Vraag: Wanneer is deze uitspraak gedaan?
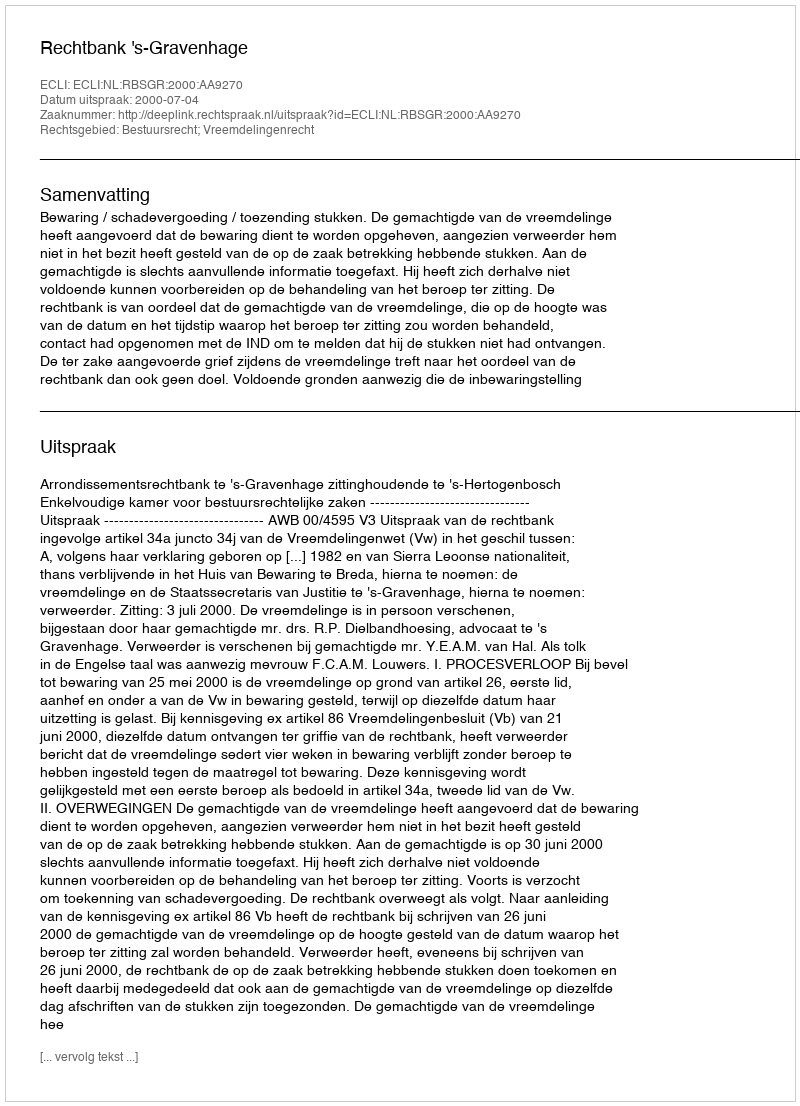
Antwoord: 2000-07-04